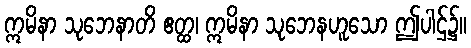
ဣမိနာ သုဘေနာတိ ဧတ္ထ၊ ဣမိနာ သုဘေနဟူသော ဤပါဌ်၌။